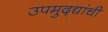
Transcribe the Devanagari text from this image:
उपमुद्द्यांची